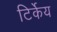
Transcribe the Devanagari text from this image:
टिर्केय